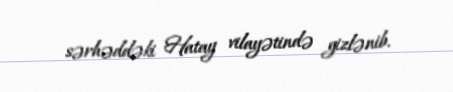
sərhəddəki Hatay vilayətində gizlənib.